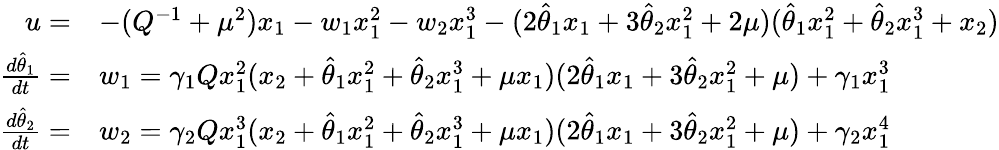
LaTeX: \begin{array}{rl}{u=}&{-(Q^{-1}+\mu^{2})x_{1}-w_{1}x_{1}^{2}-w_{2}x_{1}^{3}-(2\hat{\theta}_{1}x_{1}+3\hat{\theta}_{2}x_{1}^{2}+2\mu)(\hat{\theta}_{1}x_{1}^{2}+\hat{\theta}_{2}x_{1}^{3}+x_{2})}\\ {\frac{d\hat{\theta}_{1}}{dt}=}&{w_{1}=\gamma_{1}Qx_{1}^{2}(x_{2}+\hat{\theta}_{1}x_{1}^{2}+\hat{\theta}_{2}x_{1}^{3}+\mu x_{1})(2\hat{\theta}_{1}x_{1}+3\hat{\theta}_{2}x_{1}^{2}+\mu)+\gamma_{1}x_{1}^{3}}\\ {\frac{d\hat{\theta}_{2}}{dt}=}&{w_{2}=\gamma_{2}Qx_{1}^{3}(x_{2}+\hat{\theta}_{1}x_{1}^{2}+\hat{\theta}_{2}x_{1}^{3}+\mu x_{1})(2\hat{\theta}_{1}x_{1}+3\hat{\theta}_{2}x_{1}^{2}+\mu)+\gamma_{2}x_{1}^{4}}\end{array}